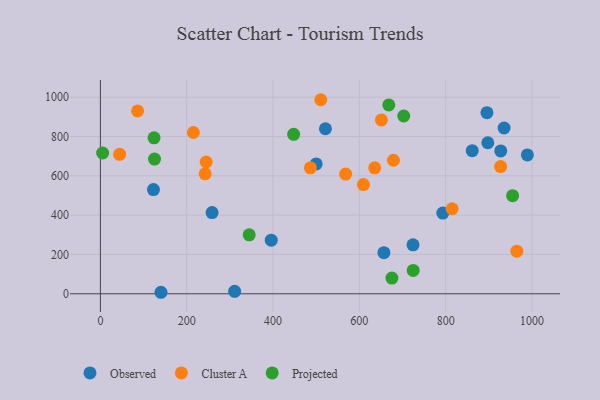
{"axis": {"x": "Engine Size", "y": "Demand"}, "legend": ["Cluster A", "Observed", "Projected"], "data": [{"x": "521.5", "y": 839.6, "type": "Observed"}, {"x": "724.4", "y": 249.1, "type": "Observed"}, {"x": "935.4", "y": 843.4, "type": "Observed"}, {"x": "311.1", "y": 12.5, "type": "Observed"}, {"x": "793.5", "y": 410.4, "type": "Observed"}, {"x": "895.7", "y": 921.3, "type": "Observed"}, {"x": "657.0", "y": 209.2, "type": "Observed"}, {"x": "861.6", "y": 727.9, "type": "Observed"}, {"x": "395.9", "y": 272.9, "type": "Observed"}, {"x": "927.7", "y": 726.7, "type": "Observed"}, {"x": "897.7", "y": 768.4, "type": "Observed"}, {"x": "140.4", "y": 7.7, "type": "Observed"}, {"x": "258.8", "y": 413.2, "type": "Observed"}, {"x": "989.4", "y": 706.2, "type": "Observed"}, {"x": "500.0", "y": 660.7, "type": "Observed"}, {"x": "123.0", "y": 529.9, "type": "Observed"}, {"x": "486.6", "y": 640.6, "type": "Cluster A"}, {"x": "815.0", "y": 432.5, "type": "Cluster A"}, {"x": "568.3", "y": 608.9, "type": "Cluster A"}, {"x": "679.1", "y": 679.3, "type": "Cluster A"}, {"x": "635.6", "y": 640.6, "type": "Cluster A"}, {"x": "245.1", "y": 670.4, "type": "Cluster A"}, {"x": "44.6", "y": 709.5, "type": "Cluster A"}, {"x": "965.0", "y": 217.0, "type": "Cluster A"}, {"x": "651.2", "y": 884.5, "type": "Cluster A"}, {"x": "510.7", "y": 987.2, "type": "Cluster A"}, {"x": "242.8", "y": 610.2, "type": "Cluster A"}, {"x": "86.2", "y": 930.0, "type": "Cluster A"}, {"x": "927.4", "y": 646.9, "type": "Cluster A"}, {"x": "609.5", "y": 555.7, "type": "Cluster A"}, {"x": "215.5", "y": 820.5, "type": "Cluster A"}, {"x": "668.3", "y": 960.9, "type": "Projected"}, {"x": "724.8", "y": 119.0, "type": "Projected"}, {"x": "124.3", "y": 793.3, "type": "Projected"}, {"x": "5.2", "y": 716.1, "type": "Projected"}, {"x": "447.8", "y": 811.2, "type": "Projected"}, {"x": "702.9", "y": 904.5, "type": "Projected"}, {"x": "955.2", "y": 499.3, "type": "Projected"}, {"x": "125.4", "y": 685.4, "type": "Projected"}, {"x": "344.8", "y": 300.2, "type": "Projected"}, {"x": "675.5", "y": 80.0, "type": "Projected"}]}